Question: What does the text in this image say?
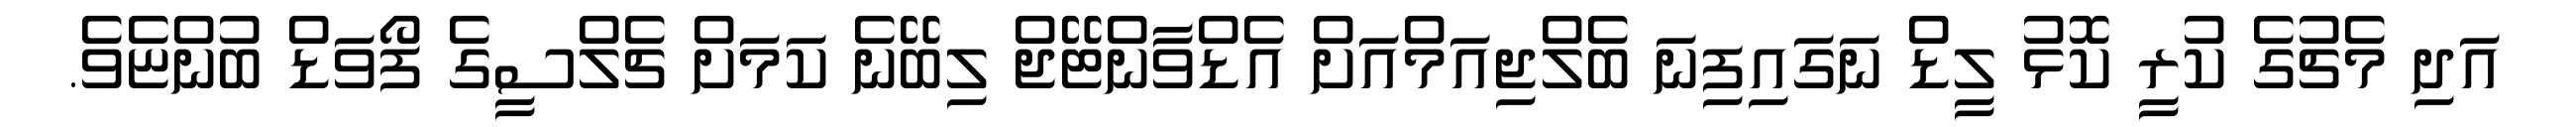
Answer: އަދި މެޗުގެ ކުރީ ކޮޅު ލީޑް ނަގައިފިނަ ބެލްޖިއަމްއަށް އެޑްވާންޓޭޖް ލިބޭނެ ކަމަށް ޗެލްސީގެ ފޯވަޑް ބުންޏެވެ.